Report on sanitation, dispensaries, and jails in Rajputana for 1920, and on vaccination for the year 1920-1921 - 1920-1921
Year: 1920
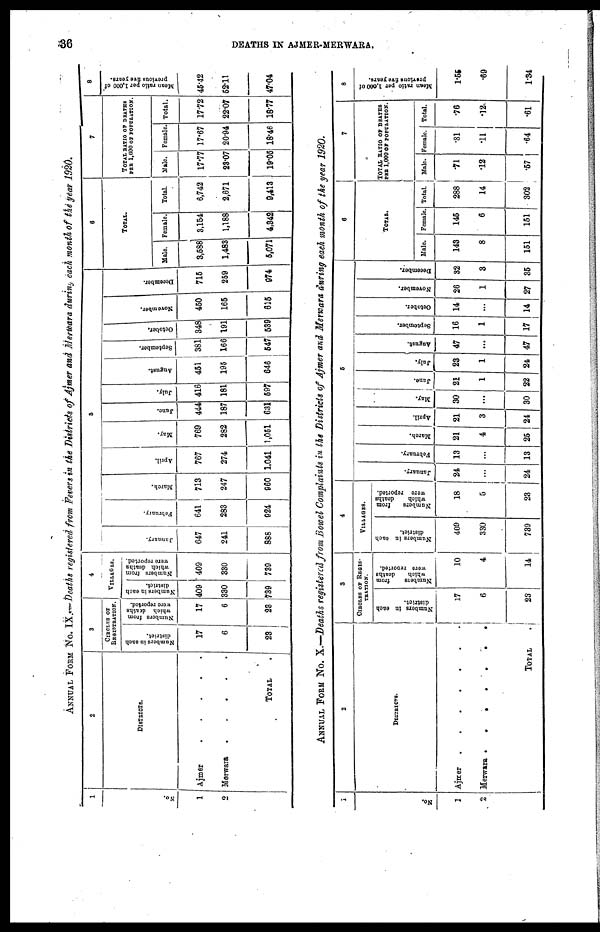
36
DEATHS IN AJMER-MERWARA.
ANNUAL FORM No. IX.—Deaths registered from Fevers in the Districts of Ajmer and Merwara during each month of the year 1920.
1
No.
1
2
2
DISTRICTS.
Ajmer
.
.
.
.
Merwara
.
.
.
TOTAL
3
CIRCLES OF
REGISTRATION.
Numbers in each
district.
17
6
23
Numbers from
which deaths
were reported.
17
6
23
4
VILLAGES.
Numbers in each
district.
409
330
789
Numbers from
which deaths
were reported.
409
330
739
5
January.
647
241
888
February.
641
283
924
March.
713
247
960
April.
767
274
1,041
May.
769
282
1,051
June.
444
187
631
July.
416
181
597
August.
451
195
646
September.
381
166
547
October.
348
191
539
November.
450
165
615
December.
715
259
974
6
TOTAL
Male.
3,588
1,483
5,071
Female.
3,154
1,188
4,342
Total.
6,742
2,671
9,413
7
TOTAL RATIO OF DEATHS
PET 1,000 OF POPULATION.
Male.
17.77
28.07
19.05
Female.
17.67
20.94
18.46
Total.
17.72
22.07
18.77
8
Mean ratio per 1,000 of
previous five years.
45.42
52.11
47.04
ANNUAL FORM No. X.—Deaths registered from Bowel Complaints in the Districts of Ajmer and Merewara during each month of the year 1920.
1
No.
1
2
DISTRICTS.
Ajmer
.
.
.
.
.
Merwara
.
.
.
.
TOTAL .
3
CIRCLES OF REGIS-
TRATION.
Numbers in each
district.
17
6
23
Numbers
from
which
deaths
were resorted.
10
4
14
4
VILLAGES.
Numbers in each
district.
409
330
739
Numbers
from
which
deaths
were reported.
18
5
23
5
January.
24
...
24
February.
13
...
13
March.
21
4
25
April.
21
3
24
May.
30
...
30
June.
21
1
22
July.
23
1
24
August.
47
...
47
September.
16
1
17
October.
14
...
14
November.
26
1
27
December.
32
3
35
6
TOTAL.
Male.
148
8
151
Female.
145
6
151
Total.
288
14
302
7
TOTAL RATIO OF DEATHS
PER 1,000 OF POPULATION.
Male.
.71
.12
.57
Female.
.81
.11
.64
Total.
.76
.12
.61
8
Mean ratio per 1,000 of
previous five years.
1.55
.69
1.34